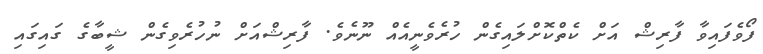
ފޯވެފައިވާ ފާރިޝް އަށް ކެތްކޮށްލައިގެން ހުރެވެނީއެއް ނޫނެވެ. ފާރިޝްއަށް ނުހުރެވިގެން ޝީބާގެ ގައިގައި